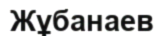
Жұбанаев